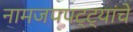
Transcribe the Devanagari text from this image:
नामजपपट्ट्यांचे